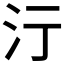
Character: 𣲇